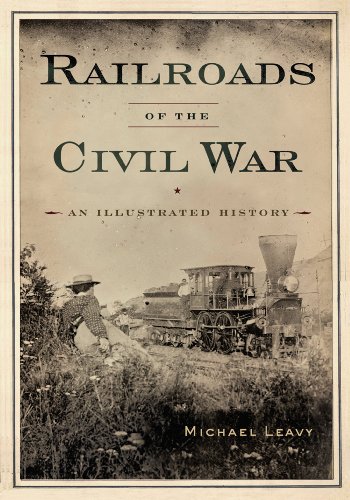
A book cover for Railroads of the Civil War: An Illustrated History; Michael Leavy; Arts & Photography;